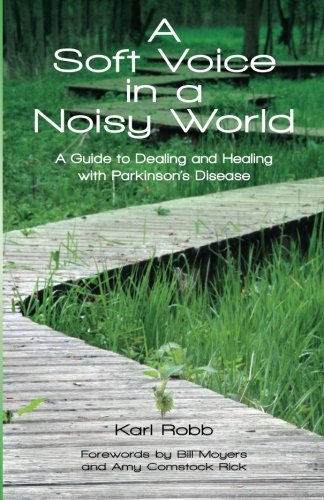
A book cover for A Soft Voice in a Noisy World: A Guide to Dealing and Healing with Parkinson's Disease; Karl Robb; Health, Fitness & Dieting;